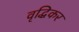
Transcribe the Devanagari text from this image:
वृद्धिकर